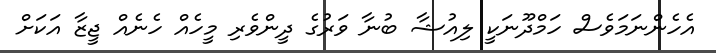
އެހެންނަމަވެސް ހަމްދޫނަކީ ލިއުޝާ ބުނާ ވަރުގެ ދީންވެރި މީހެއް ހެނެއް ޖީޒާ އަކަށް